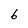
Character: 6